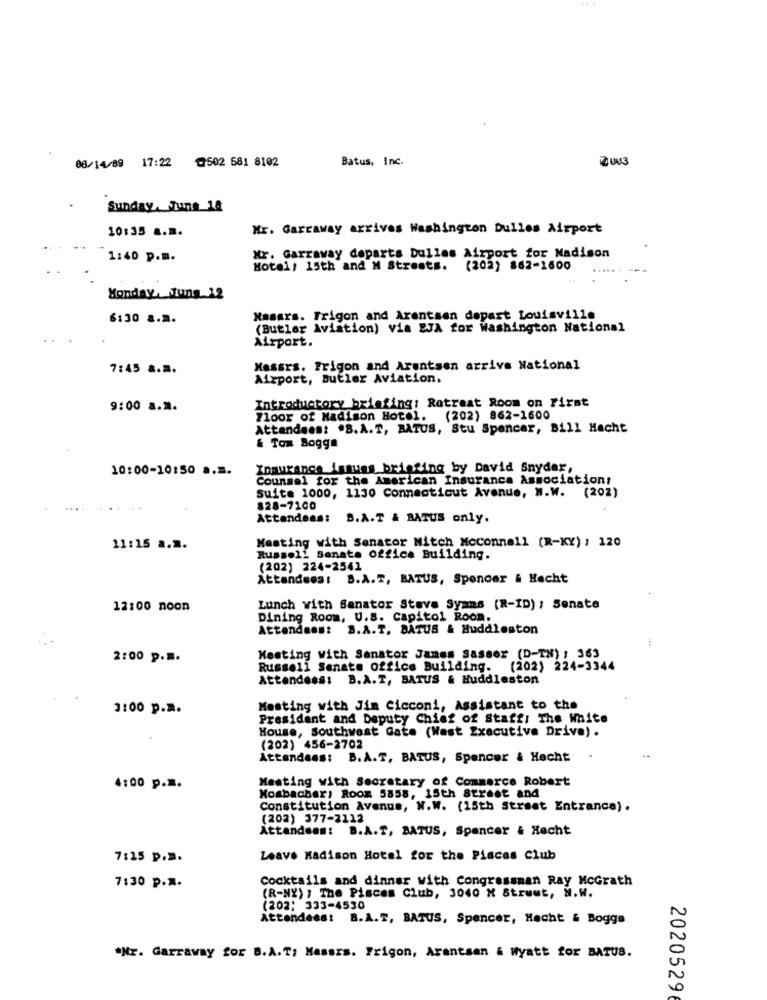
08/14/89 17:22 502 581 8102
Batus, Inc.
2003
Sunday, June 18
10:35 a.m.
Mr. Garraway arrives Washington Dulles Airport
1:40 p.m.
Mr. Garraway departs bulles Airport for Madison
Hotel, 15th and M Streets.
(202) 862-1600
Monday, tung 12
6:30 a.m.
Hasars. Frigon and Arentsen depart Louisville
(Butler Aviation) via EJA for Washington National
Airport.
7:45 2.3.
Messrs. Frigon and Arentsen arrive National
Airport, Butler Aviation,
Introductory briefing: Retreat Room on First
9:00 a.m.
Floor of Madison Hotel. (202) 862-1600
Attendees: . B.A.T, BATUS, Stu Spencer, Bill Hecht
& Tom Boggs
10:00-10:50 a ..
Insurance issues_briefing by David Snyder,
Counsel for the American Insurance Association:
suite 1000, 1130 Connecticut Avenue, W.W. (202)
828-7100
Attendees: S.A.T & BATUS only.
11:15 a.m.
Nesting with Senator Mitch Mcconnell (R-KY) : 120
Russell Senate office Building.
(202) 224-2541
Attendees: S.A.T, BATUS, Spencer & Hacht
12:00 noon
Lunch with Senator Stava Syans (R-ID) ; Senate
Dining Room, U.S. Capitol Room.
Attendees: S.A.T. BATUS & Huddleston
2:00 p.m.
Meeting with Senator James Sasser (D-TN) : 363
Russell Senate office Building. (202) 224-3344
Attendees: B.A.T, BATUS & Huddleston
3:00 p.m.
Mesting with Jim Cicconi, Assistant to the
President and Deputy Chief of Staff: The White
House, Southwest Gate (Wast Executive Drive) .
(202) 456-2702
Attendees: B.A.T, BATUS, Spencer & Hecht
Meeting with Secretary of Commerce Robert
4:00 p.m.
Mosbacher, Room 5858, 15th Street and
Constitution Avenue, N.W. (15th Street Entrance) .
(202) 377-2112
Attendees: B.A.T, BATUS, Spencer & Hecht
7:15 p.a.
Leave Madison Hotel for the Pisces Club
Cocktails and dinner with Congressman Ray McGrath
7:30 p.M.
(R-NY) , The Pisces Club, 3040 M Strust, N.W.
(202) 333-4530
Attendees: B.A.T, BATUS, Spencer, Hecht & Boggs
*Nr. Garraway for B.A.T; Messrs. Frigon, Arantsan & Wyatt for BATUS.
2020529